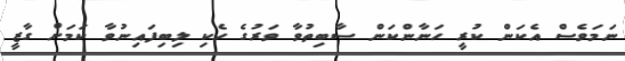
ނަމަވެސް އެކަން ކުރީ ހަނާންކަން ސާބިތުވާ ވަރުގެ ހެކި ލިބިފައިނުވާ ކަމަށް ގާޒީ